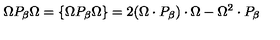
\Omega P _ { \beta } \Omega = \{ \Omega P _ { \beta } \Omega \} = 2 ( \Omega \cdot P _ { \beta } ) \cdot \Omega - \Omega ^ { 2 } \cdot P _ { \beta }